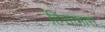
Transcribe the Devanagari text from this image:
हिंसाभास